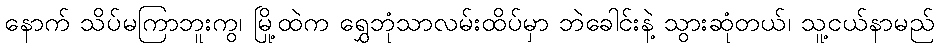
နောက် သိပ်မကြာဘူးကွ၊ မြို့ထဲက ရွှေဘုံသာလမ်းထိပ်မှာ ဘဲခေါင်းနဲ့ သွားဆုံတယ်၊ သူ့ငယ်နာမည်